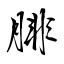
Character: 腓